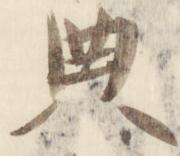
典